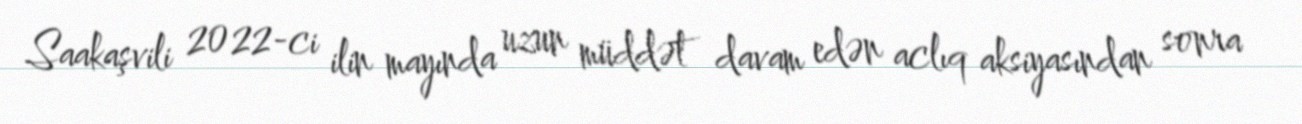
Saakaşvili 2022-ci ilin mayında uzun müddət davam edən aclıq aksiyasından sonra